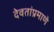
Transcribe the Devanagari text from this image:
देवतांप्रमाणे